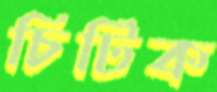
চিটিক